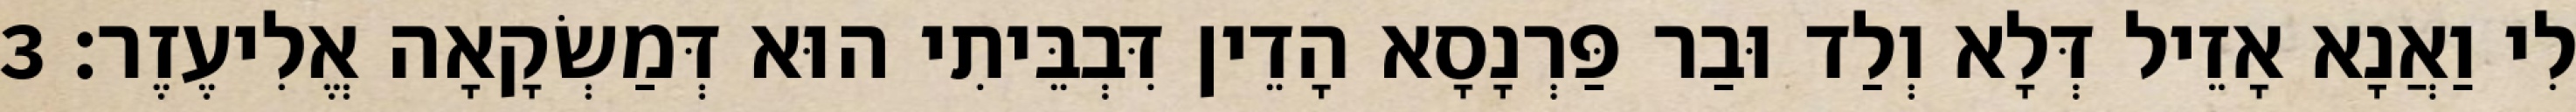
לִי וַאֲנָא אָזֵיל דְּלָא וְלַד וּבַר פַּרְנָסָא הָדֵין דִּבְבֵּיתִי הוּא דְּמַשְׂקָאָה אֱלִיעֶזֶר׃ 3